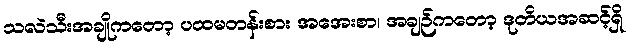
သလဲသီးအချိုကတော့ ပထမတန်းစား အအေးစာ၊ အချဉ်ကတော့ ဒုတိယအဆင့်ရှိ